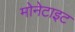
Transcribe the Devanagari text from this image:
मोनेटाइट